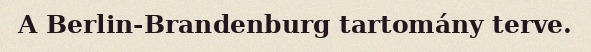
A Berlin-Brandenburg tartomány terve.